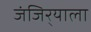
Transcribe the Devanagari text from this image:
जंजिर्‍याला